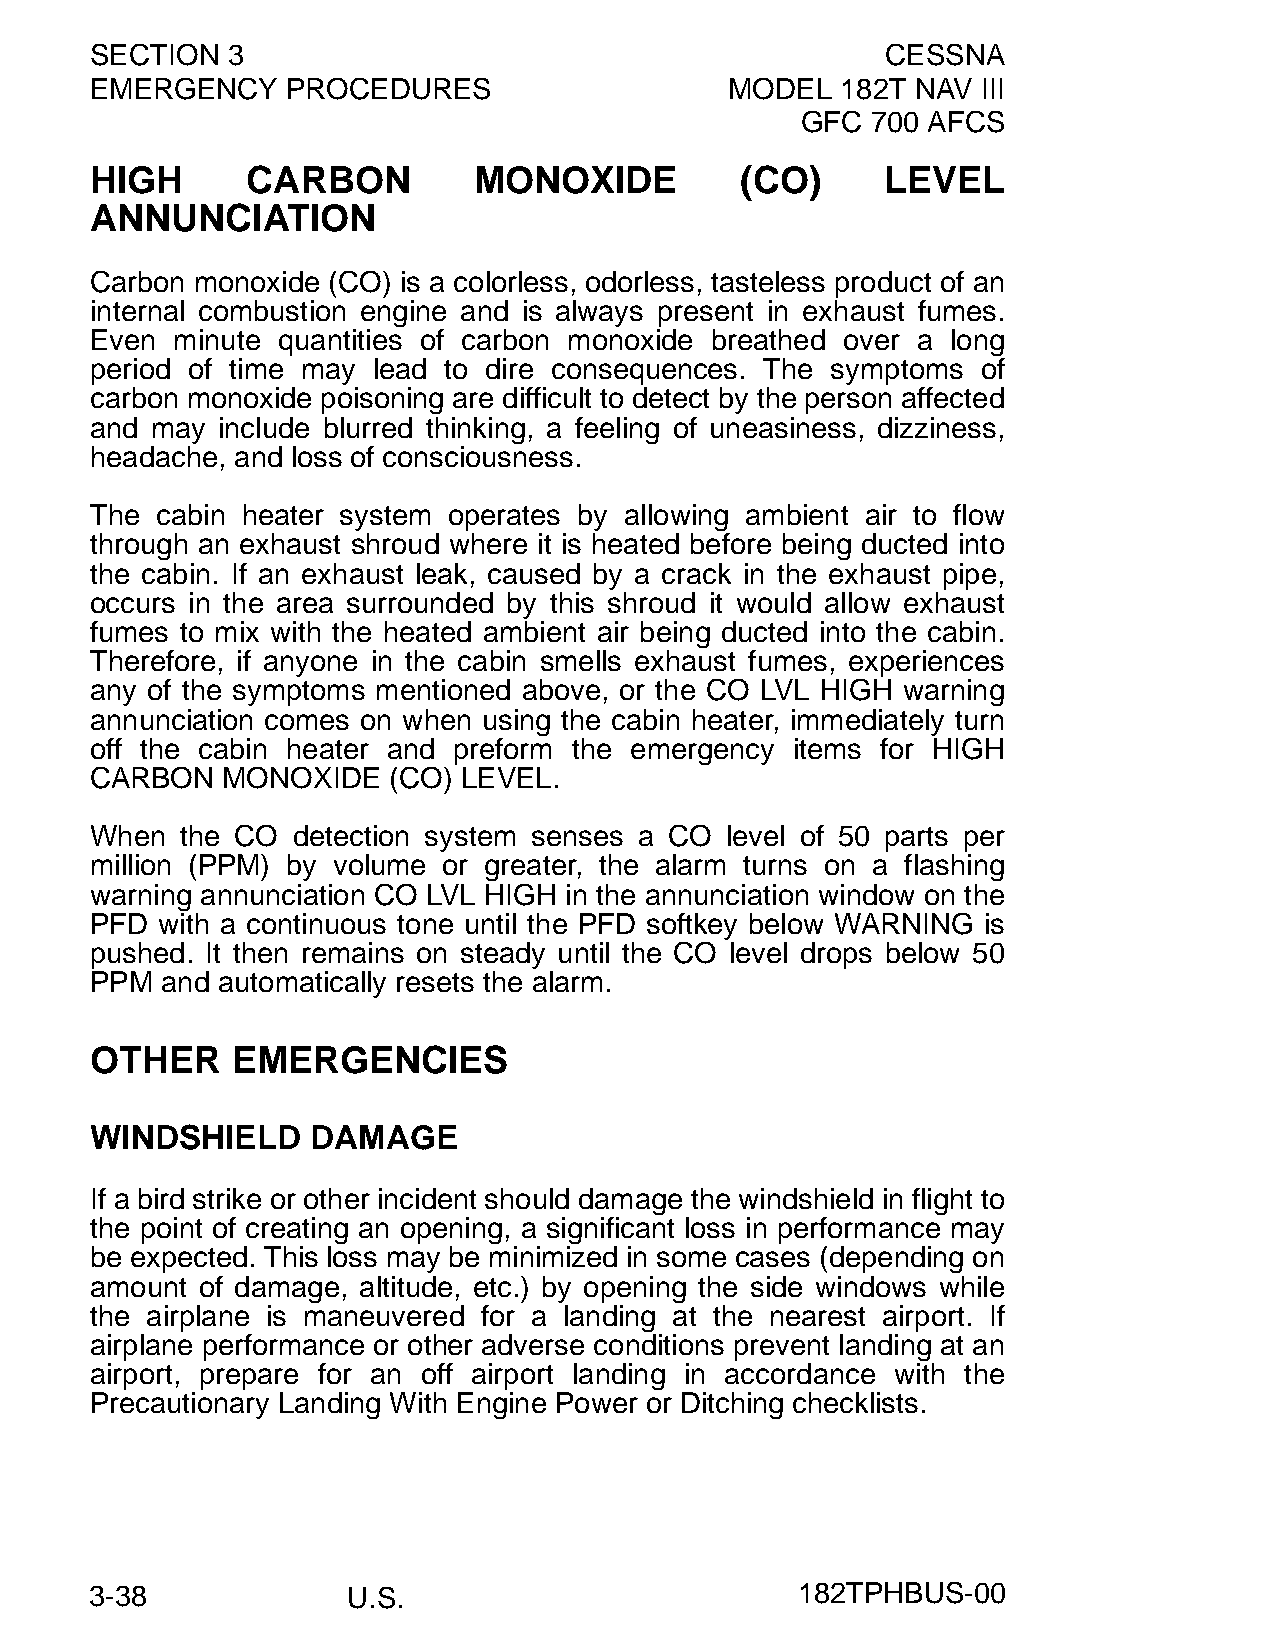
SECTION  3                                           CESSNA
 EMERGENCY    PROCEDURES                   MODEL   182T NAV III
 GFC  700 AFCS
 HIGH      CARBON         MONOXIDE          (CO)      LEVEL
 ANNUNCIATION
 Carbon monoxide (CO) is a colorless, odorless, tasteless product of an
 internal combustion engine and is always present in exhaust fumes.
 Even minute quantities of carbon monoxide breathed over a long
 period of time may lead to dire consequences. The symptoms of
 carbon monoxide poisoning are difficult to detect by the person affected
 and may include blurred thinking, a feeling of uneasiness, dizziness,
 headache, and loss of consciousness.
 The cabin heater system operates by allowing ambient air to flow
 through an exhaust shroud where it is heated before being ducted into
 the cabin. If an exhaust leak, caused by a crack in the exhaust pipe,
 occurs in the area surrounded by this shroud it would allow exhaust
 fumes to mix with the heated ambient air being ducted into the cabin.
 Therefore, if anyone in the cabin smells exhaust fumes, experiences
 any of the symptoms mentioned above, or the CO LVL HIGH warning
 annunciation comes on when using the cabin heater, immediately turn
 off the cabin heater and preform the emergency items for HIGH
 CARBON   MONOXIDE   (CO) LEVEL.
 When  the CO detection system senses a CO level of 50 parts per
 million (PPM) by volume or greater, the alarm turns on a flashing
 warning annunciation CO LVL HIGH in the annunciation window on the
 PFD with a continuous tone until the PFD softkey below WARNING is
 pushed. It then remains on steady until the CO level drops below 50
 PPM  and automatically resets the alarm.
 OTHER    EMERGENCIES
 WINDSHIELD     DAMAGE
 If a bird strike or other incident should damage the windshield in flight to
 the point of creating an opening, a significant loss in performance may
 be expected. This loss may be minimized in some cases (depending on
 amount of damage, altitude, etc.) by opening the side windows while
 the airplane is maneuvered for a landing at the nearest airport. If
 airplane performance or other adverse conditions prevent landing at an
 airport, prepare for an off airport landing in accordance with the
 Precautionary Landing With Engine Power or Ditching checklists.
 3-38             U.S.                          182TPHBUS-00